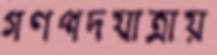
গণপদযাত্রায়